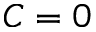
C = 0